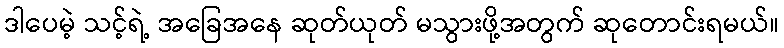
ဒါပေမဲ့ သင့်ရဲ့ အခြေအနေ ဆုတ်ယုတ် မသွားဖို့အတွက် ဆုတောင်းရမယ်။